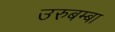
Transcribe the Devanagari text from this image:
उरुबम्बा